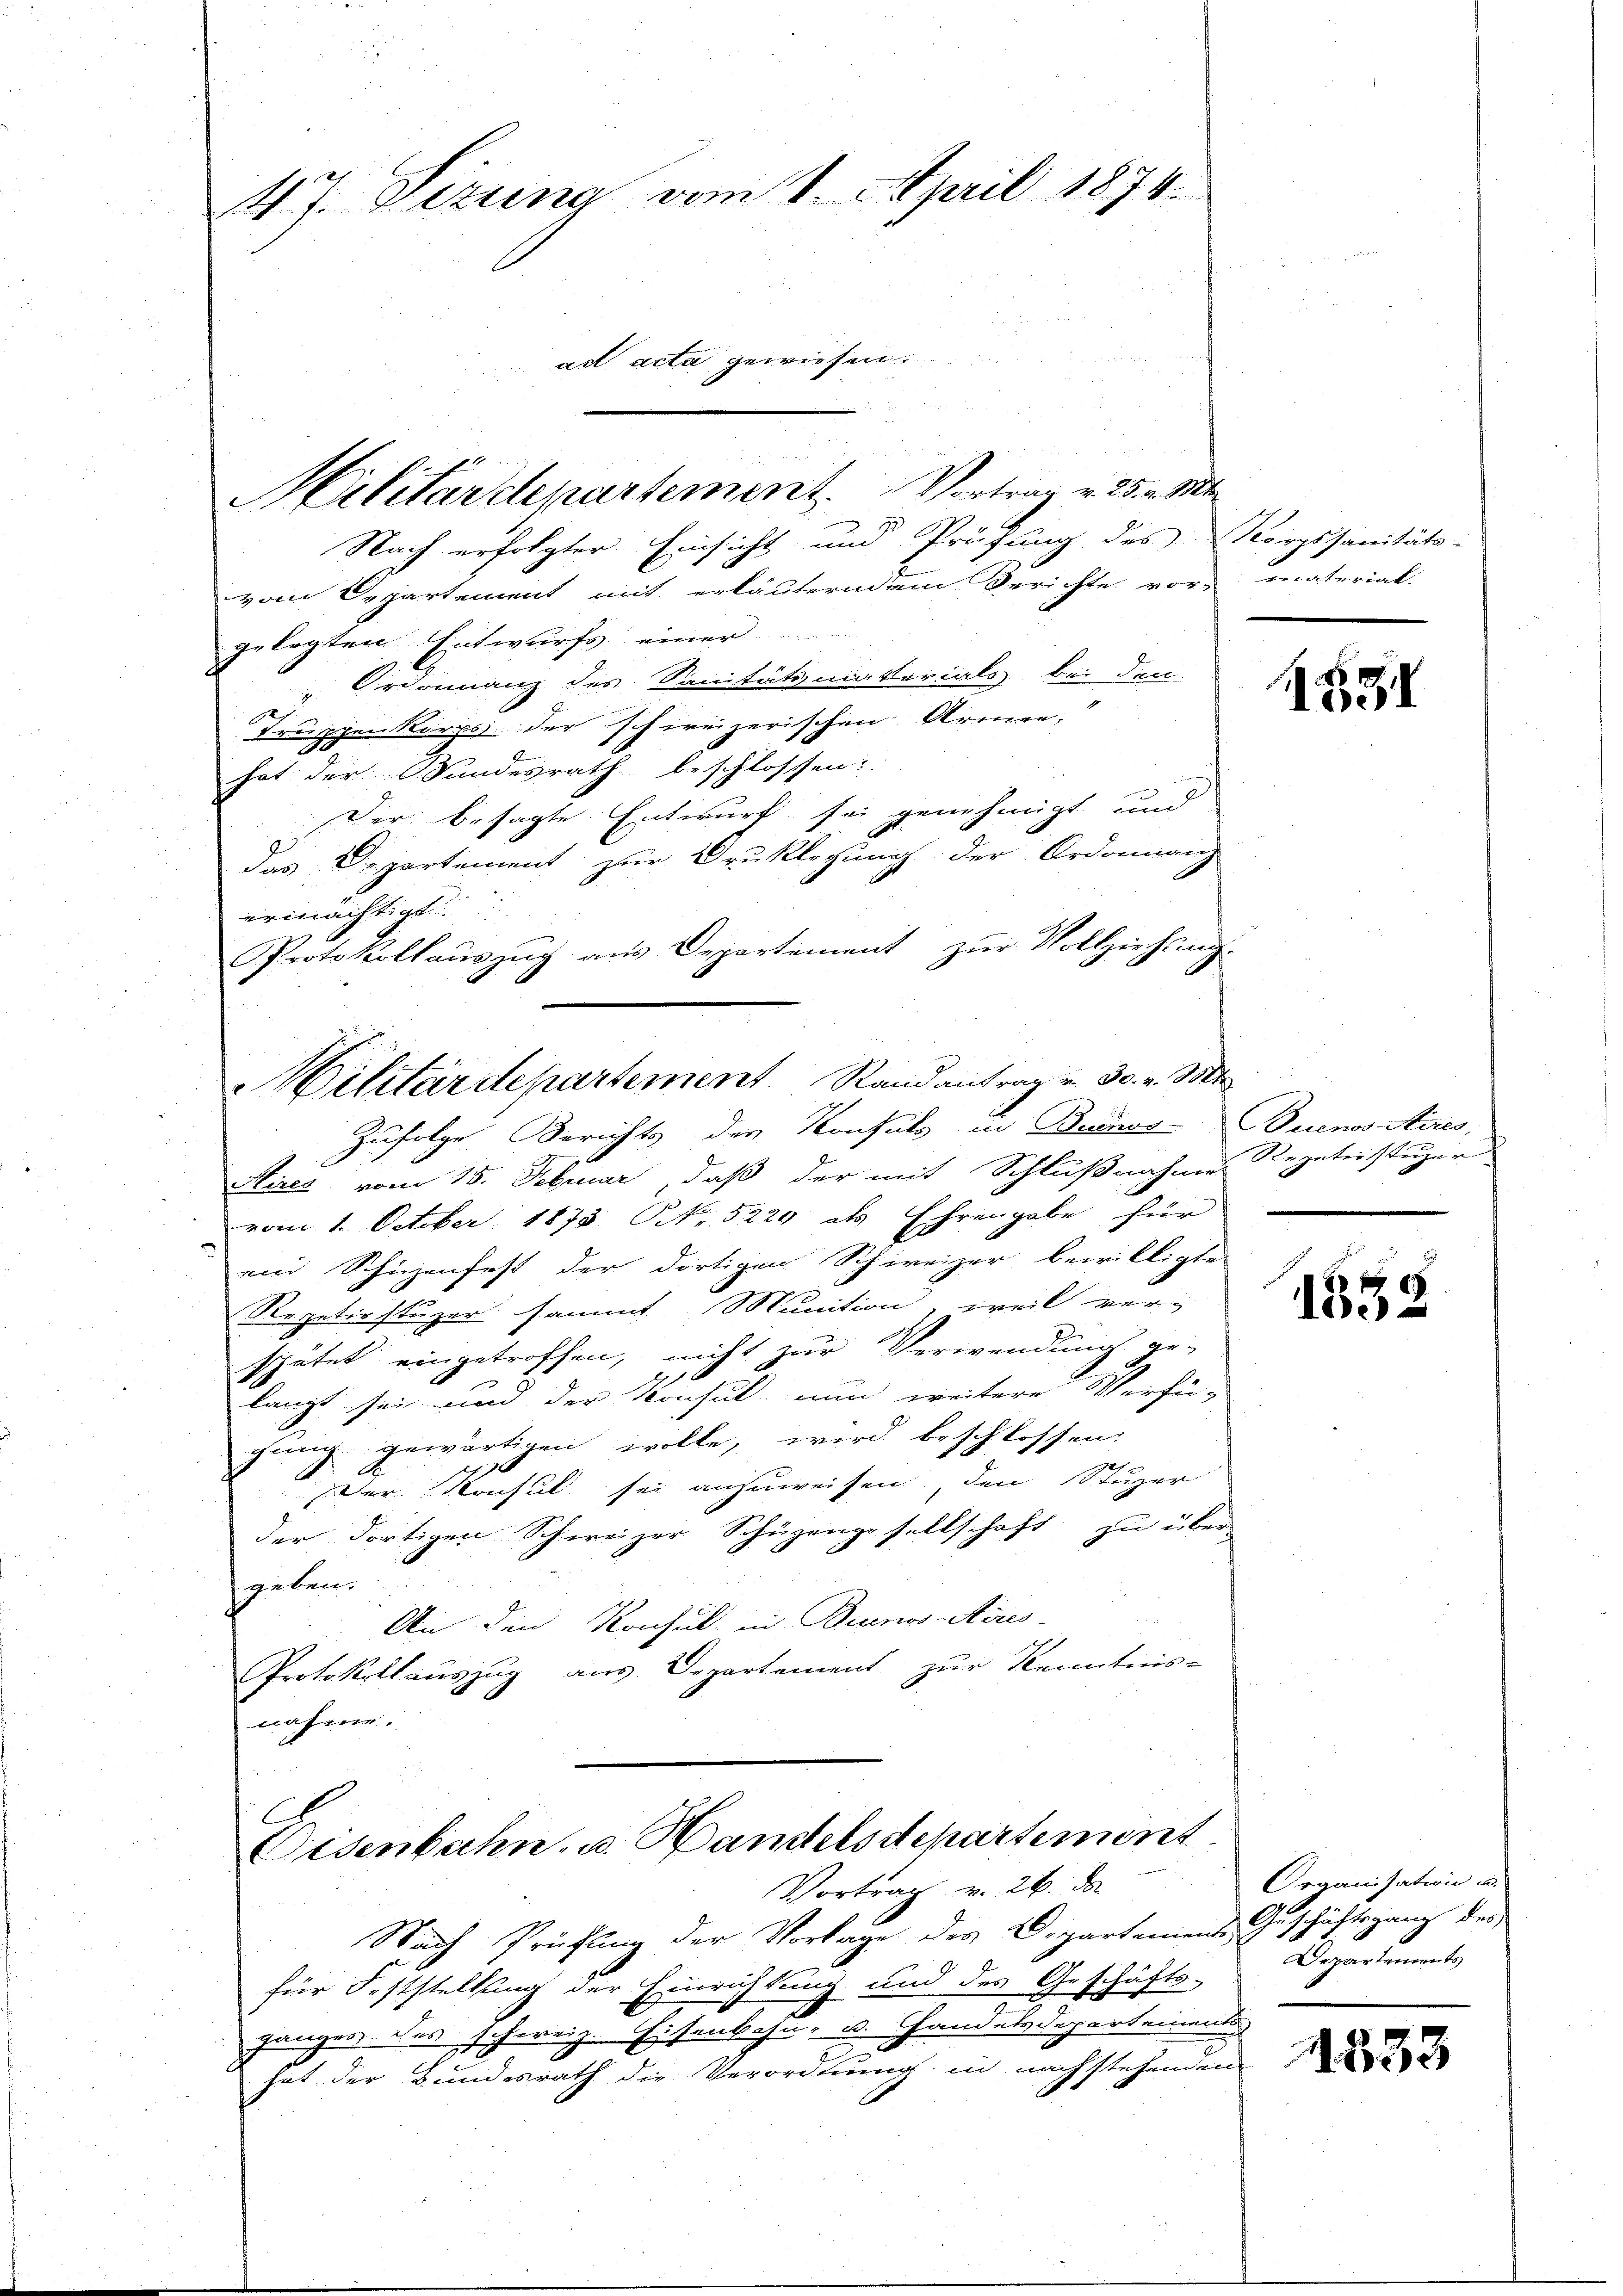
47. Sizung vom 1. April 1874.
ad acta gewiesen.

Militärdepartement. Vortrag v. 25. v. Mt
Nach erfolgter Einsicht und Prüfung des Korpssanitäts-
vom Departement mit erläuterndem Gerichte vor material-
gelegten Entwurfs einer
Ordonnanz des Sanitätsmatterials bei den
Truppenkorps der schweizerischen Armen,
hat der Wundesrath beschlossen:
Der besagte Entwurf sei genehmigt und
das Departement zur Drucklegung der Ordonnan
ermächtigt.
Protokollaŭszŭg aŭs Departement zŭr Vollziehŭng.
Zufolge. Berichts der Konsuls in Buenos- Buenos Aires,
Aires vom 15. Februar, daß der mit Schlußnahme Regeleistiger
vom 1. October 1873 NNo. 5229 als Ehrengabe für
ein Schüzenfest der dortigen Schweizer bewilligte
Repetirstuzer sammt Munition, weil ver-
spätet eingetroffen, nicht zur Verwendung ge-
1
langt sei und der Konsul nun weitere Verfü-
gung gewärtigen wolle, wird beschlossen:

A
Der Konsul sei anzuweisen, den Stuzer
der dortigen Schweizer Schüzengesellschaft zu über-
geben.
An den Konsul in Buenos-Ayres
Protokollauszug aus Departement zur Kenntnis-
nahme.
Oisenbahn, u. Handelsdepartement.
Vortrag v. 26. de
Nach Prüfung der Vorlage des Departements Geschäftsgang des
für Feststellung der Einrichtung und des Geschäfts-
ganzen das schweiz. Eisenbahn- u. Handelsdepartemente
hat der Bundesrath die Verordnung in nachstehenden

ilitärdepartement. Stand antrag v. 30. v. Mt

1551

1852

Organisation u.
Departements

1333